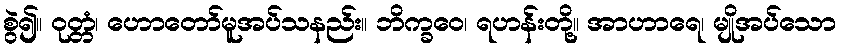
စွဲ၍။ ဝုတ္တံ၊ ဟောတော်မူအပ်သနည်း။ ဘိက္ခဝေ၊ ရဟန်းတို့။ အာဟာရေ၊ မျိုအပ်သော